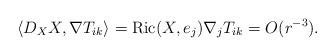
LaTeX: \begin{align*} \left\langle D_XX,\nabla T_{ik}\right\rangle=\operatorname{Ric}(X,e_j)\nabla_jT_{ik}=O(r^{-3}). \end{align*}